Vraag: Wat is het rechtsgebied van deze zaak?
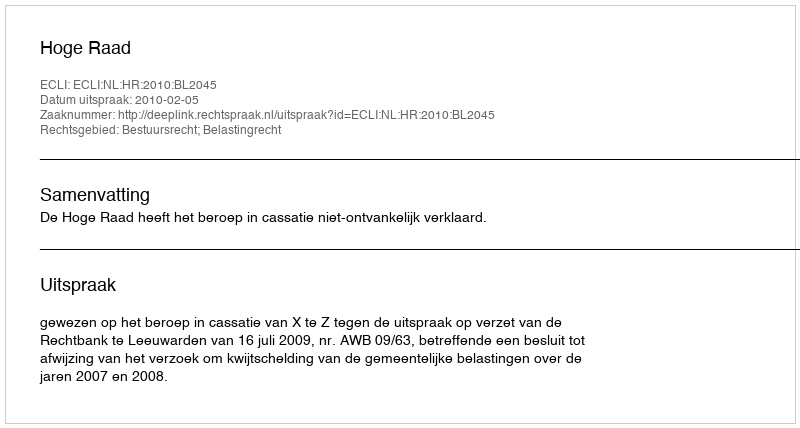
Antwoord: Bestuursrecht; Belastingrecht